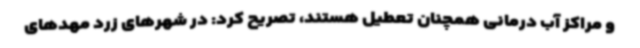
و مراکز آب درمانی همچنان تعطیل هستند، تصریح کرد: در شهرهای زرد مهدهای